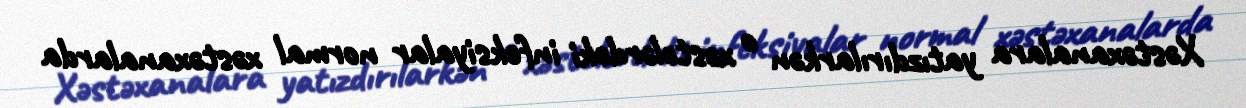
Xəstəxanalara yatızdırılarkən o xəstələrdəki infeksiyalar normal xəstəxanalarda